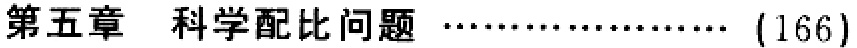
第五章 科学配比问题 \dots\dots (166)